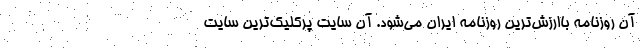
آن روزنامه باارزش‌ترین روزنامه ایران می‌شود. آن سایت پرکلیک‌ترین سایت